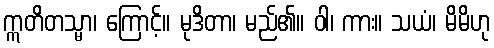
ဣတိတသ္မာ၊ ကြောင့်။ မုဒိတာ၊ မည်၏။ ဝါ၊ ကား။ သယံ၊ မိမိဟု